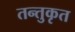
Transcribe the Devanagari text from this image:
तन्तुकृत